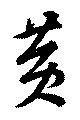
黄